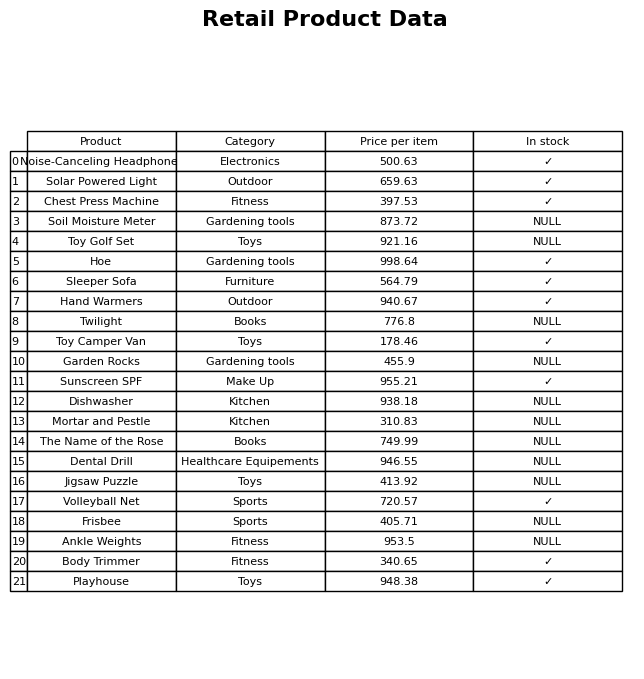
question: What category does the Twilight belong to?
answer: Books